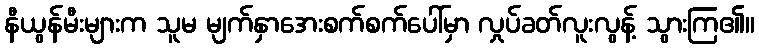
နီယွန်မီးများက သူမ မျက်နှာအေးစက်စက်ပေါ်မှာ လှုပ်ခတ်လူးလွန့် သွားကြ၏။